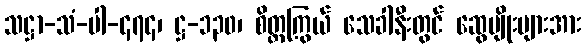
သဋ္ဌာ-သံ-ပါ-၄၇၄၊ ဋ္ဌ-၁၃၀၊ စိတ္တကြွယ် သေခါနီးတွင် ဆွေမျိုးများအား